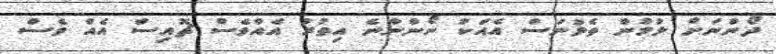
ދޯންނަށް ލުމުން ތެޅުނަސް އެއަކު ނޯންނާނެ އިތުރު އެއްވެސް ޗޮއިސް އެއް ވެސް